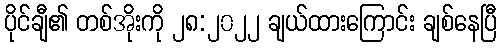
ပိုင်ချီ၏ တစ်အိုးကို ၂၈:၂၀၂၂ ချယ်ထားကြောင်း ချစ်နေပြီ